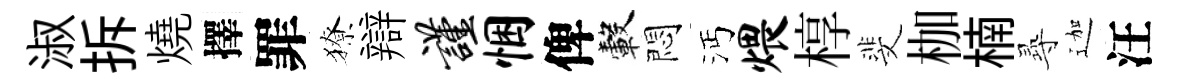
淑拆燒擇罪獠辯谨悃俾轂悶沔煨椁斐枷楠𡬶迦汪